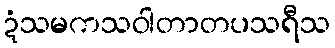
ဍံသမကသဝါတာတပသရီသ